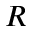
R